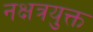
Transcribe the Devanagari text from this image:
नक्षत्रयुक्त